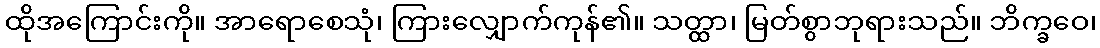
ထိုအကြောင်းကို။ အာရောစေသုံ၊ ကြားလျှောက်ကုန်၏။ သတ္ထာ၊ မြတ်စွာဘုရားသည်။ ဘိက္ခဝေ၊